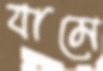
যামে